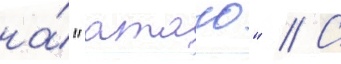
на́ "атаго" // С